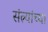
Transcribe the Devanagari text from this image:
संत्र्यांच्या